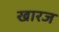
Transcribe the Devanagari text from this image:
खारज